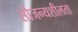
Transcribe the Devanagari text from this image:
सौजन्यशीलता